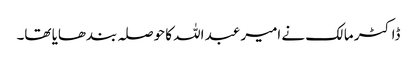
ڈاکٹر مالک نے امیر عبد اللہ کا حوصلہ بندھایا تھا۔